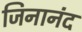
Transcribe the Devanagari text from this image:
जिनानंद